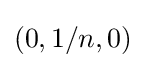
(0,1/n,0)